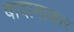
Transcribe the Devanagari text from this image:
बादामाकार